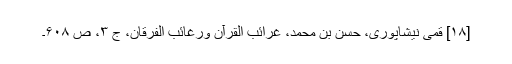
[۱۸] قمی نیشاپوری، حسن بن محمد، غرائب القرآن ورغائب الفرقان، ج ۳، ص ۶۰۸۔